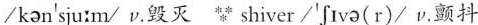
/kan'sju:m/ ν.毁灭 shiver/'[tvo(r)/ ν.颤抖